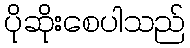
ပိုဆိုးစေပါသည်